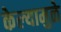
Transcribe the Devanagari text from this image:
केल्‍यामुळे